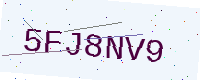
Text: 5FJ8NV9